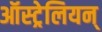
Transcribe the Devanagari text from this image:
ऑस्ट्रेलियन्